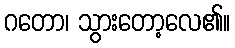
ဂတော၊ သွားတော့လေ၏။